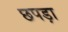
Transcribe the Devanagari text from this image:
छपड़ा